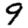
Digit: 9